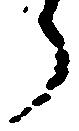
ら